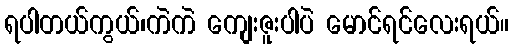
ရပါတယ်ကွယ်၊ကဲကဲ ကျေးဇူးပါပဲ မောင်ရင်လေးရယ်။